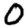
Digit: 0